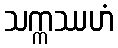
သက္ကဿဟံ